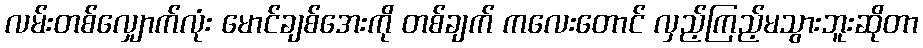
လမ်းတစ်လျှောက်လုံး မောင်ချစ်အေးကို တစ်ချက် ကလေးတောင် လှည့်ကြည့်မသွားဘူးဆိုတာ